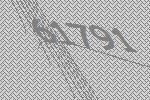
61791